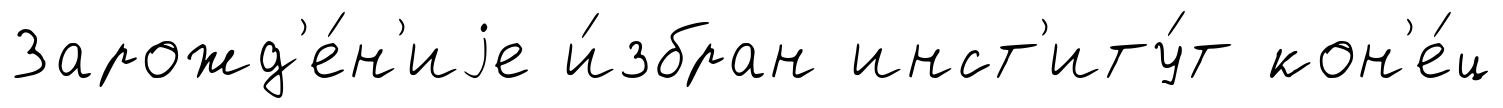
Зарожд'е́н'иjе и́збран инст'иту́т кон'е́ц